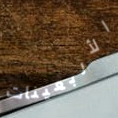
الأربعينات